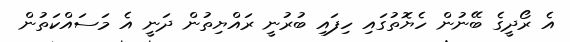
އެ ރޯދީގެ ބޭނުން ހެޔޮތުގައި ހިފައި ބުރުނީ ރައްޔިތުން ދަނީ އެ މަސައްކަތުން